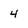
Character: 4